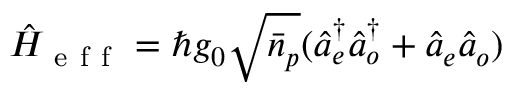
\hat { H } _ { \mathrm { ~ e ~ f ~ f ~ } } = \hbar g _ { 0 } \sqrt { \bar { n } _ { p } } ( \hat { a } _ { e } ^ { \dagger } \hat { a } _ { o } ^ { \dagger } + \hat { a } _ { e } \hat { a } _ { o } )